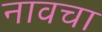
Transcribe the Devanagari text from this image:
नावचा